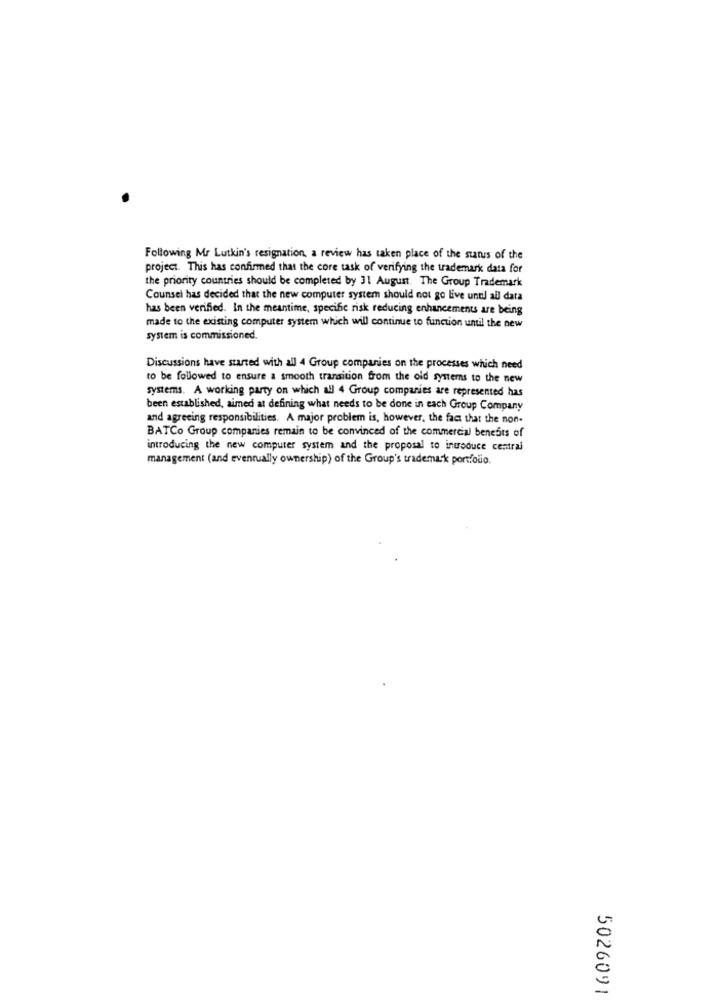
Following Mr Lutkin's resignation, a review has taken place of the status of the
project. This has confirmed that the core task of verifying the trademark data for
the priority countries should be completed by 31 August. The Group Trademark
Counsel has decided that the new computer system should not go live until all data
has been verified. In the meantime, specific risk reducing enhancements are being
made to the existing computer system which will continue to function until the new
system is commissioned.
Discussions have started with all 4 Group companies on the processes which need
to be followed to ensure a smooth transition from the old systems to the new
systems. A working party on which all 4 Group companies are represented has
been established, aimed at defining what needs to be done in each Group Company
and agreeing responsibilities. A major problem is, however, the fact that the non-
BATCo Group companies remain to be convinced of the commercial benests of
introducing the new computer system and the proposal to introduce central
management (and eventually ownership) of the Group's trademark portfolio.
5026091